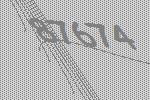
87674